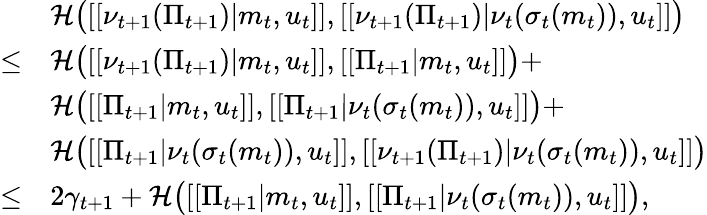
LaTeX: \begin{array}{rl}&{\mathcal{H}\big([[\nu_{t+1}(\Pi_{t+1})|m_{t},u_{t}]],[[\nu_{t+1}(\Pi_{t+1})|\nu_{t}(\sigma_{t}(m_{t})),u_{t}]]\big)}\\ {\leq}&{\mathcal{H}\big([[\nu_{t+1}(\Pi_{t+1})|m_{t},u_{t}]],[[\Pi_{t+1}|m_{t},u_{t}]]\big)+}\\ &{\mathcal{H}\big([[\Pi_{t+1}|m_{t},u_{t}]],[[\Pi_{t+1}|\nu_{t}(\sigma_{t}(m_{t})),u_{t}]]\big)+}\\ &{\mathcal{H}\big([[\Pi_{t+1}|\nu_{t}(\sigma_{t}(m_{t})),u_{t}]],[[\nu_{t+1}(\Pi_{t+1})|\nu_{t}(\sigma_{t}(m_{t})),u_{t}]]\big)}\\ {\leq}&{2\gamma_{t+1}+\mathcal{H}\big([[\Pi_{t+1}|m_{t},u_{t}]],[[\Pi_{t+1}|\nu_{t}(\sigma_{t}(m_{t})),u_{t}]]\big),}\end{array}